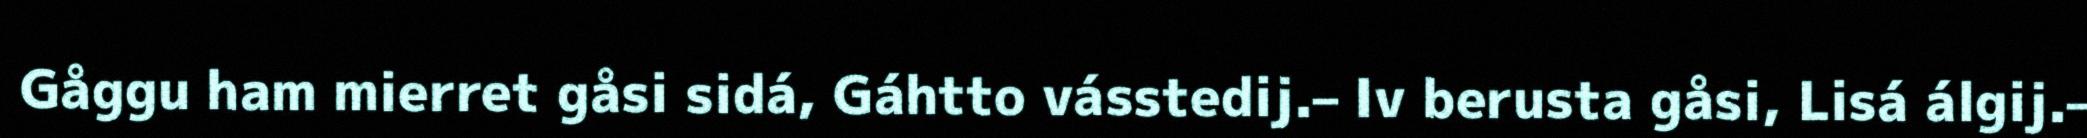
Gåggu ham mierret gåsi sidá, Gáhtto vásstedij.– Iv berusta gåsi, Lisá álgij.–